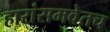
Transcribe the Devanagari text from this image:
हारांसमवेतच